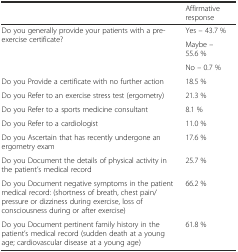
|  | Affirmative response |
 | --- | --- |
 | <ROWSPAN=3> Do you generally provide your patients with a pre-exercise certificate? | Yes – 43.7 % |
 | Maybe – 55.6 % |
 | No – 0.7 % |
 | Do you Provide a certificate with no further action | 18.5 % |
 | Do you Refer to an exercise stress test (ergometry) | 21.3 % |
 | Do you Refer to a sports medicine consultant | 8.1 % |
 | Do you Refer to a cardiologist | 11.0 % |
 | Do you Ascertain that has recently undergone an ergometry exam | 17.6 % |
 | Do you Document the details of physical activity in the patient’s medical record | 25.7 % |
 | Do you Document negative symptoms in the patient medical record: (shortness of breath, chest pain/pressure or dizziness during exercise, loss of consciousness during or after exercise) | 66.2 % |
 | Do you Document pertinent family history in the patient’s medical record (sudden death at a young age; cardiovascular disease at a young age) | 61.8 % |